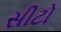
સીટો